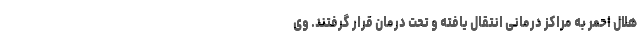
هلال احمر به مراکز درمانی انتقال یافته و تحت درمان قرار گرفتند. وی